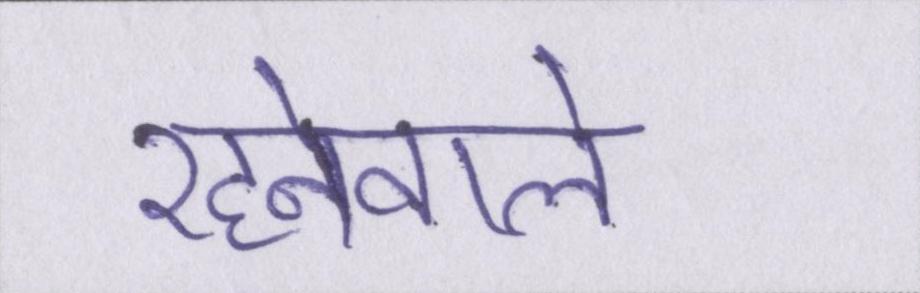
रहनेवाले